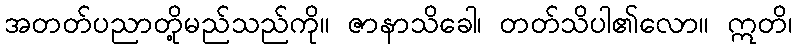
အတတ်ပညာတို့မည်သည်ကို။ ဇာနာသိခေါ၊ တတ်သိပါ၏လော။ ဣတိ၊